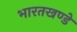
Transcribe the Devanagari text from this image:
भारतखण्डे